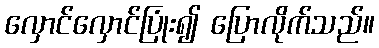
လှောင်လှောင်ပြုံး၍ ပြောလိုက်သည်။